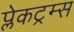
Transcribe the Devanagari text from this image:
प्लेकट्रम्स